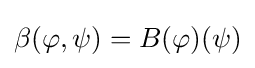
\beta (\varphi ,\psi )=B(\varphi )(\psi )